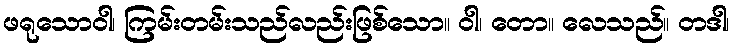
ဖရုသောဝါ၊ ကြမ်းတမ်းသည်လည်းဖြစ်သော။ ဝါ၊ တော။ လေသည်။ တဒါ၊